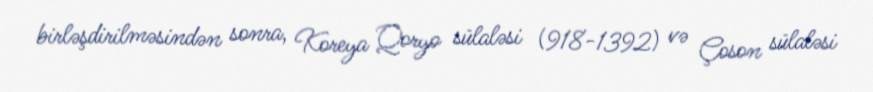
birləşdirilməsindən sonra, Koreya Qoryo sülaləsi (918-1392) və Çoson sülaləsi